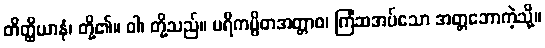
တိတ္ထိယာနံ၊ တို့၏။ ဝါ၊ တို့သည်။ ပရိကပ္ပိတအတ္တာဝ၊ ကြံဆအပ်သော အတ္တဘောကဲ့သို့။